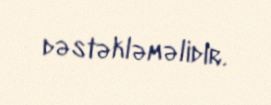
dəstəkləməlidir.